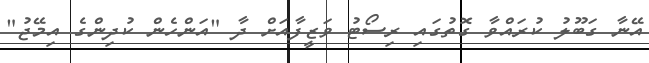
އޭނާ ގަބޫލު ކުރައްވާ ގޮތުގައި ރިސޯޓު ވަޒީފާއަށް ދާ "އަންހެން ކުދިންގެ އިމޭޖު"